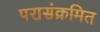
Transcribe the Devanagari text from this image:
परासंक्रमित